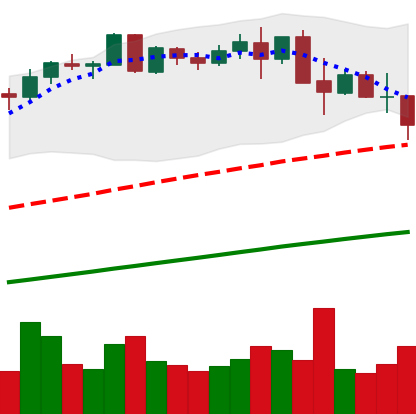
Ticker: BNB-USD
Chart end date: 2021-05-17
Forward return: -41.499%
Label: down_7plus